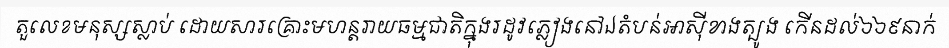
តួលេខមនុស្សស្លាប់ ដោយសារគ្រោះមហន្តរាយធម្មជាតិក្នុងរដូវភ្លៀងនៅឯតំបន់អាស៊ីខាងត្បូង កើនដល់៦៦៩នាក់